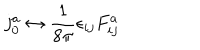
j _ { 0 } ^ { a } \leftrightarrow \frac { 1 } { 8 \pi } \epsilon _ { i j } F _ { i j } ^ { a }